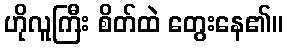
ဟိုလူကြီး စိတ်ထဲ တွေးနေ၏။